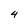
Character: 4